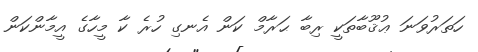
ހަތަރުވަނަ ޢުޤޫބާތަކީ ރިބާ ޙަރާމް ކަން އެނގި ހުރެ ކާ މީހާގެ އީމާންކަން